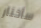
سأختار